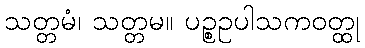
သတ္တမံ၊ သတ္တမ။ ပဉ္စဥပါသကဝတ္ထု